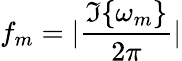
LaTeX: f_{m}=|\frac{\Im\{ \omega_{m}\} }{2\pi}|